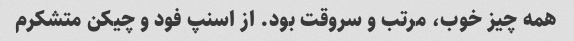
همه چیز خوب، مرتب و سروقت بود. از اسنپ فود و چیکن متشکرم